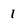
Character: 1